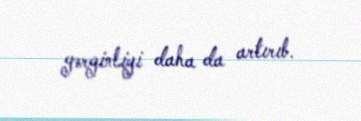
gərginliyi daha da artırıb.